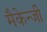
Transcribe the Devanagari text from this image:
मैकेन्जी